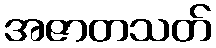
အဇာတသတ်